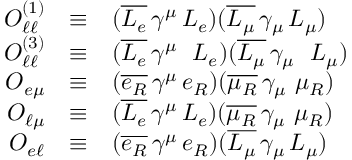
\begin{array} { r c l } { { { \cal O } _ { \ell \ell } ^ { ( 1 ) } } } & { { \equiv } } & { { ( \overline { { { L _ { e } } } } \, \gamma ^ { \mu } \, { L _ { e } } ) ( \overline { { { L _ { \mu } } } } \, \gamma _ { \mu } \, { L _ { \mu } } ) } } \\ { { { \cal O } _ { \ell \ell } ^ { ( 3 ) } } } & { { \equiv } } & { { ( \overline { { { L _ { e } } } } \, \gamma ^ { \mu } \, { \bf \vec { \tau } } \, { L _ { e } } ) ( \overline { { { L _ { \mu } } } } \, \gamma _ { \mu } \, { \bf \vec { \tau } } \, { L _ { \mu } } ) } } \\ { { { \cal O } _ { e \mu } } } & { { \equiv } } & { { ( \overline { { { e _ { R } } } } \, \gamma ^ { \mu } \, e _ { R } ) ( \overline { { { \mu _ { R } } } } \, \gamma _ { \mu } \, \, \mu _ { R } ) } } \\ { { { \cal O } _ { \ell \mu } } } & { { \equiv } } & { { ( \overline { { { L _ { e } } } } \, \gamma ^ { \mu } \, { L _ { e } } ) ( \overline { { { \mu _ { R } } } } \, \gamma _ { \mu } \, \, \mu _ { R } ) } } \\ { { { \cal O } _ { e \ell } } } & { { \equiv } } & { { ( \overline { { { e _ { R } } } } \, \gamma ^ { \mu } \, e _ { R } ) ( \overline { { { L _ { \mu } } } } \, \gamma _ { \mu } \, { L _ { \mu } } ) } } \end{array}